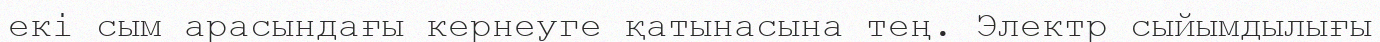
екі сым арасындағы кернеуге қатынасына тең. Электр сыйымдылығы